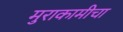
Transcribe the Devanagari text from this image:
मुराकामीचा